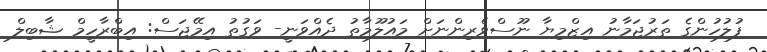
ފުލުހުންގެ ތަރުޖަމާނު އިޒްމިޔާ ނޫސްވެރިންނަށް މައުލޫމާތު ދެއްވަނީ- ވަގުތު އިމޭޖަސް: އިބްރާހީމް ޝާބިލް